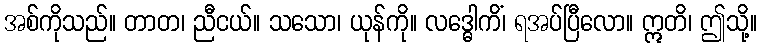
အစ်ကိုသည်။ တာတ၊ ညီငယ်။ သသော၊ ယုန်ကို။ လဒ္ဓေါကိံ၊ ရအပ်ပြီလော။ ဣတိ၊ ဤသို့။